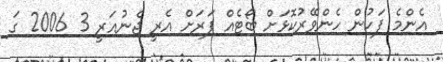
އެންމެ ފަހުން ހެންވޭރުކޮޅަށް ބޯޓެއް ފަރަށް އެރީ ޖެނުއަރީ 3 2006 ގަ